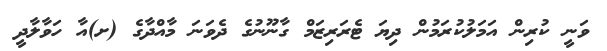
ވަނީ ކުރިން އަމަލުކުރަމުން ދިޔަ ޓެރަރިޒަމް ގާނޫނުގެ ދެވަނަ މާއްދާގެ (ށ)އާ ހަވާލާދީ